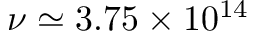
\nu \simeq 3 . 7 5 \times 1 0 ^ { 1 4 }